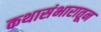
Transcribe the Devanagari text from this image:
कथासंभारातून